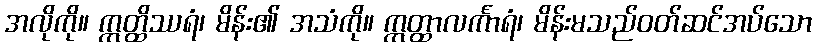
အလိုကို။ ဣတ္ထိဿရံ၊ မိန်း၏ အသံကို။ ဣတ္ထာလင်္ကာရံ၊ မိန်းမသည်ဝတ်ဆင်အပ်သော